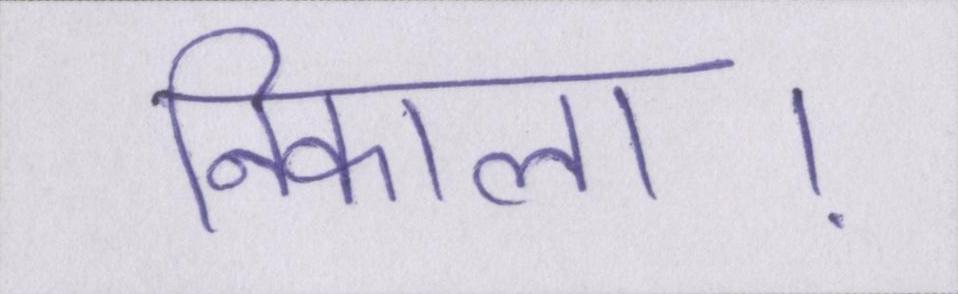
निकाला।